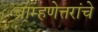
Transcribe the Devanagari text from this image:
ब्राम्हणेत्तरांचे